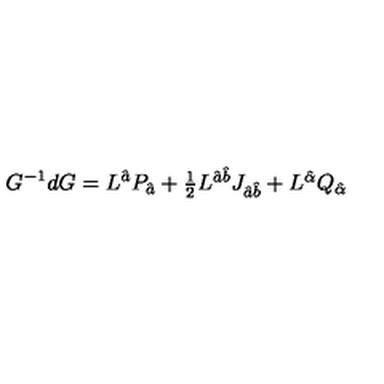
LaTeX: G ^ { - 1 } d G = L ^ { \hat { a } } P _ { \hat { a } } + \textstyle { \frac { 1 } { 2 } } L ^ { \hat { a } \hat { b } } J _ { \hat { a } \hat { b } } + L ^ { \hat { \alpha } } Q _ { \hat { \alpha } }